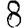
Digit: 8